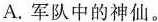
A.军队中的神仙。